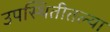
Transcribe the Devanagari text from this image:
उपस्थितीतल्या